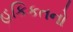
હકિકતનો